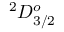
^ 2 D _ { 3 / 2 } ^ { o }